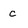
Character: C